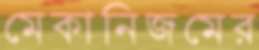
মেকানিজমের